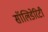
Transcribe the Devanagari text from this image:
सॉलिडेरिटी